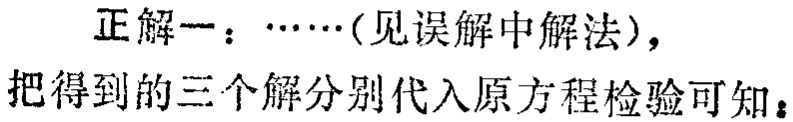
正解一：……（见误解中解法），
把得到的三个解分别代入原方程检验可知：